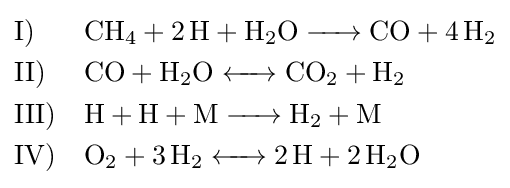
{\begin{aligned}&{\text{I)}}&&{\ce {CH4 + 2H + H2O -> CO + 4H2}}\\&{\text{II)}}&&{\ce {CO + H2O <-> CO2 + H2}}\\&{\text{III)}}&&{\ce {H + H + M -> H2 + M}}\\&{\text{IV)}}&&{\ce {O2 + 3H2 <-> 2H + 2H2O}}\end{aligned}}